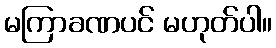
မကြာခဏပင် မဟုတ်ပါ။